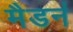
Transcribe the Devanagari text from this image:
मैडर्न